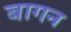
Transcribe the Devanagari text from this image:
बागन